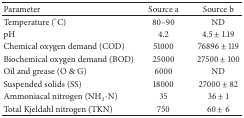
| Parameter | Source a | Source b |
 | --- | --- | --- |
 | Temperature (°C) | 80–90 | ND |
 | pH | 4.2 | 4.5 ± 1.19 |
 | Chemical oxygen demand (COD) | 51000 | 76896 ± 119 |
 | Biochemical oxygen demand (BOD) | 25000 | 27500 ± 100 |
 | Oil and grease (O & G) | 6000 | ND |
 | Suspended solids (SS) | 18000 | 27000 ± 82 |
 | Ammoniacal nitrogen (NH3-N) | 35 | 36 ± 1 |
 | Total Kjeldahl nitrogen (TKN) | 750 | 60 ± 6 |